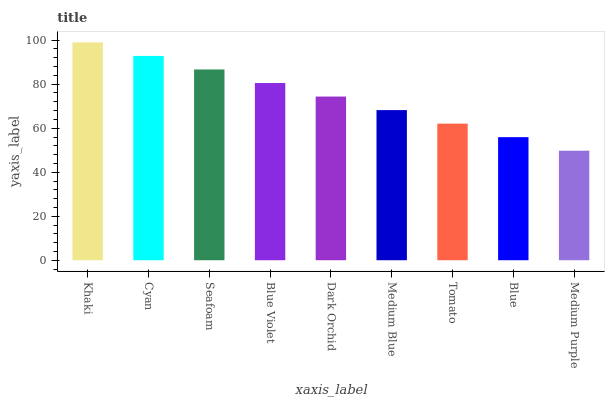
| xaxis_label | bars |
 | --- | --- |
 | Khaki | 99 |
 | Cyan | 92.8 |
 | Seafoam | 86.7 |
 | Blue Violet | 80.5 |
 | Dark Orchid | 74.4 |
 | Medium Blue | 68.2 |
 | Tomato | 62.1 |
 | Blue | 55.9 |
 | Medium Purple | 49.8 |